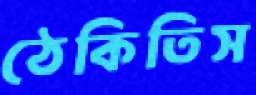
ঠেকিতিস